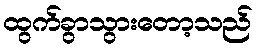
ထွက်ခွာသွားတော့သည်